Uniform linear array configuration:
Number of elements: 16
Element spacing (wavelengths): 0.25
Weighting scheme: cosine
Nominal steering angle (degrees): -30
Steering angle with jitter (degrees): -29.608
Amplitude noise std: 0.05
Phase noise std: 0.05

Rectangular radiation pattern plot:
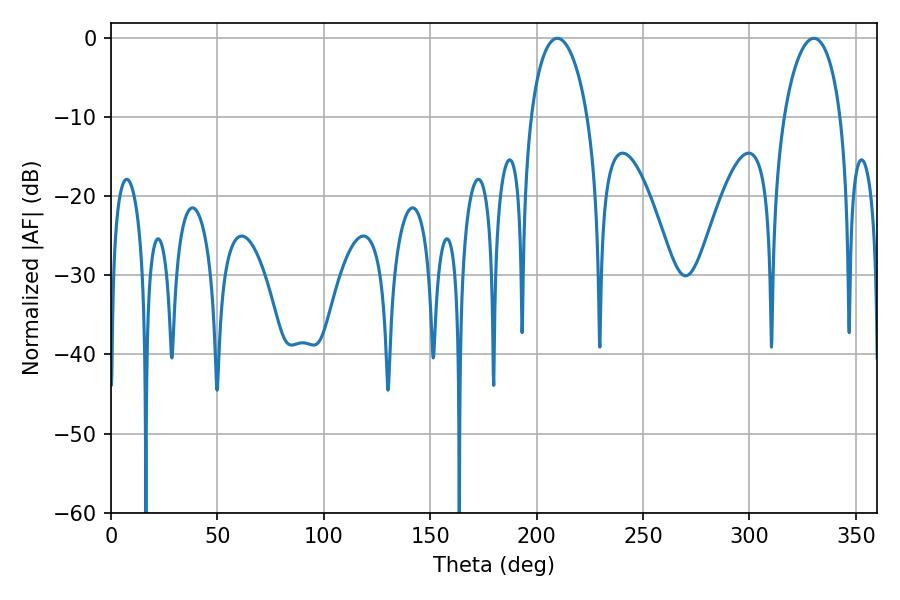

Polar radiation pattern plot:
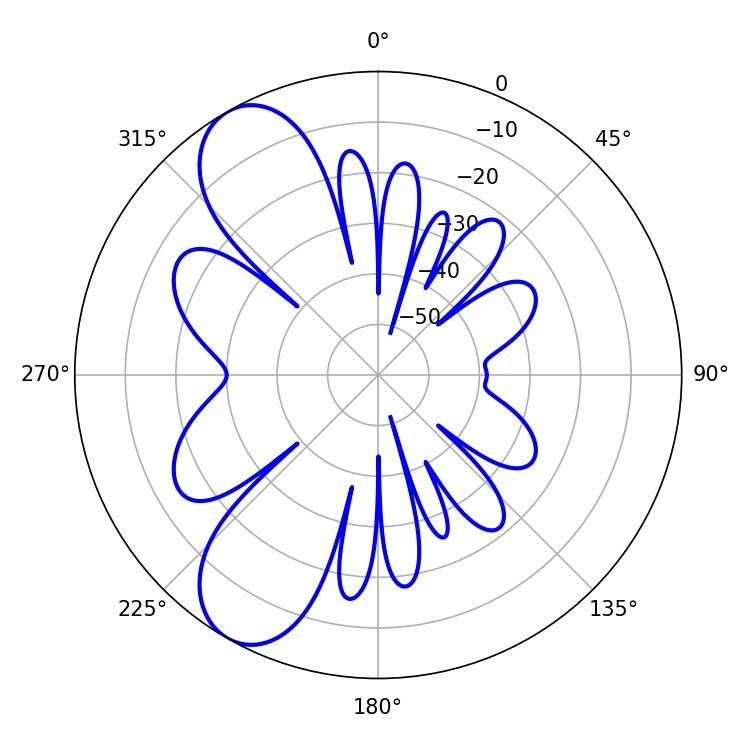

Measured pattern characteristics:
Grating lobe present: FALSE
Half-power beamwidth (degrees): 15.3
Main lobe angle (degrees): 209.7